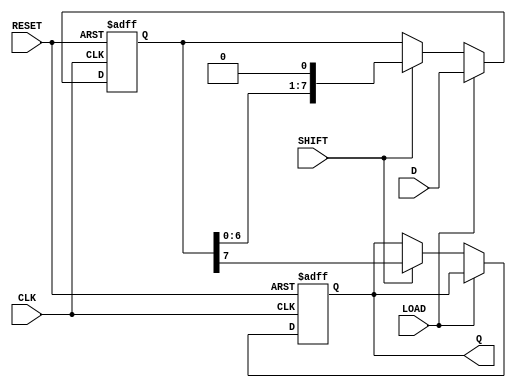
module ShiftPISO #(
    parameter WIDTH = 8  // Parameter to define the width of the register
)(
    input wire [WIDTH-1:0] D,      // Parallel data input
    input wire LOAD,                // Load control signal
    input wire SHIFT,               // Shift control signal
    input wire CLK,                 // Clock signal
    input wire RESET,               // Asynchronous reset signal
    output reg Q                   // Serial output
);

    // Internal shift register
    reg [WIDTH-1:0] shift_reg;

    // Asynchronous reset and loading/shifting logic
    always @(posedge CLK or posedge RESET) begin
        if (RESET) begin
            // Reset the shift register to zero
            shift_reg <= {WIDTH{1'b0}};
            Q <= 1'b0; // Reset serial output
        end else begin
            if (LOAD) begin
                // Load parallel data into the shift register
                shift_reg <= D;
            end else if (SHIFT) begin
                // Shift data out serially
                Q <= shift_reg[WIDTH-1]; // Output the MSB
                shift_reg <= {shift_reg[WIDTH-2:0], 1'b0}; // Shift left and fill LSB with 0
            end
        end
    end

endmodule